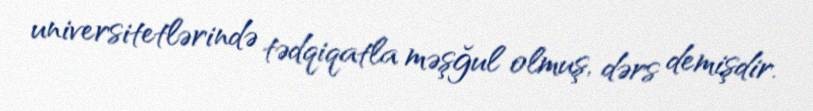
universitetlərində tədqiqatla məşğul olmuş, dərs demişdir.